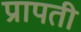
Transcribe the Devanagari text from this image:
प्रापती